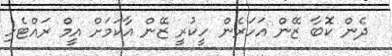
ދެން ކޮބާ ޒޭން އަހަރެން ހީކުރީ ޒޭން އާކަމަށް އީމް ރައްޓެހި